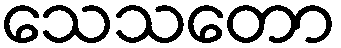
သေသတော